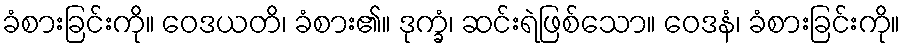
ခံစားခြင်းကို။ ဝေဒယတိ၊ ခံစား၏။ ဒုက္ခံ၊ ဆင်းရဲဖြစ်သော။ ဝေဒနံ၊ ခံစားခြင်းကို။